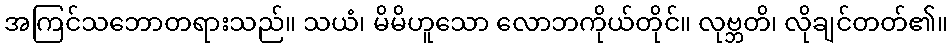
အကြင်သဘောတရားသည်။ သယံ၊ မိမိဟူသော လောဘကိုယ်တိုင်။ လုဗ္ဘတိ၊ လိုချင်တတ်၏။